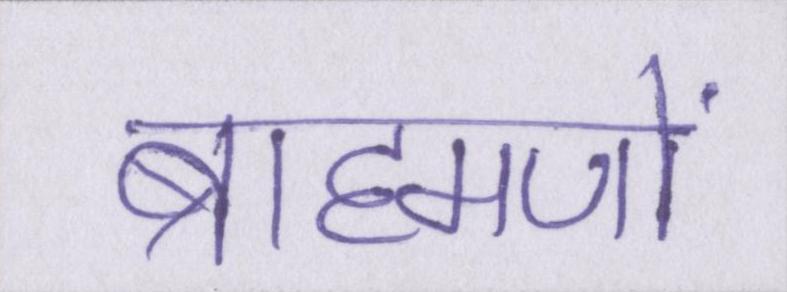
ब्राह्मणों